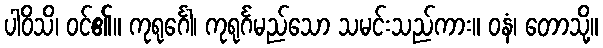
ပါဝိသိ၊ ဝင်၏။ ကုရုင်္ဂေါ၊ ကုရုင်္ဂမည်သော သမင်းသည်ကား။ ဝနံ၊ တောသို့။